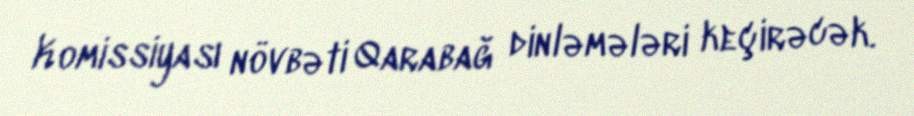
Komissiyası növbəti Qarabağ dinləmələri keçirəcək.